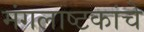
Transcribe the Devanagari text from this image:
मंगलाष्टकांचे